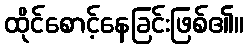
ထိုင်စောင့်နေခြင်းဖြစ်၏။